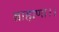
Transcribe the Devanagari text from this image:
ब्राह्मणा।।